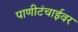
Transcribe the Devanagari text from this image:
पाणीटंचाईवर